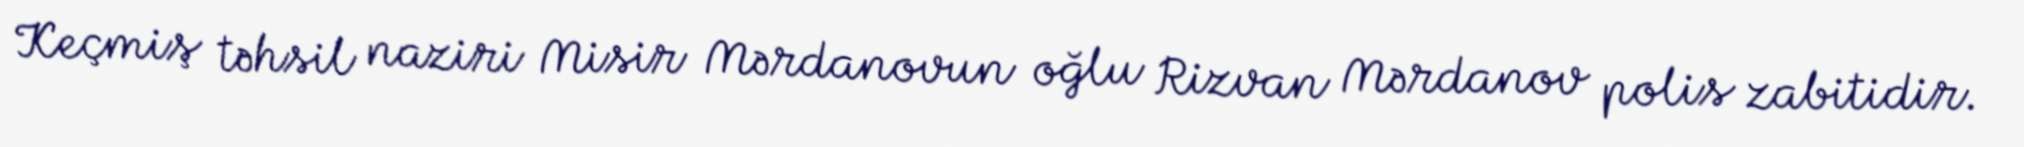
Keçmiş təhsil naziri Misir Mərdanovun oğlu Rizvan Mərdanov polis zabitidir.